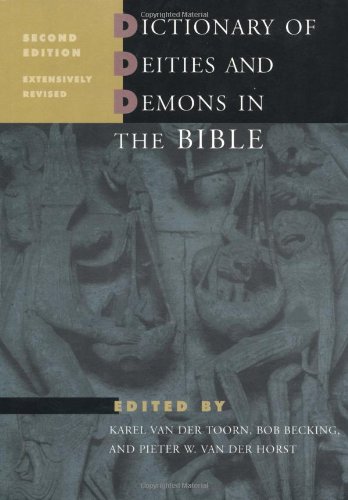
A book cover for Dictionary of Deities and Demons in the Bible, Second Edition; Christian Books & Bibles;